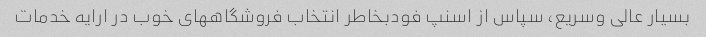
بسیار عالی وسریع، سپاس از اسنپ فودبخاطر انتخاب فروشگاههای خوب در ارایه خدمات